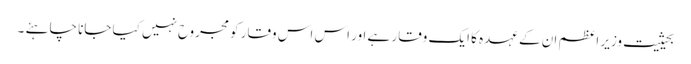
بحیثیت وزیر اعظم ان کے عہدہ کا ایک وقار ہے اور اس اس وقار کو مجروح نہیں کیا جانا چاہئے ۔